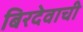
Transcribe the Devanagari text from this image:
बिरदेवाची